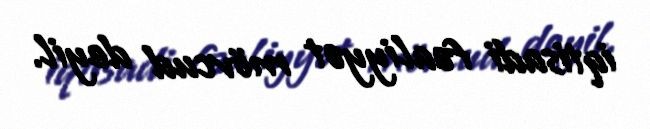
iqtisadi fəaliyyət mövcud deyil.